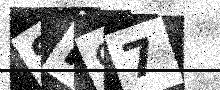
Text: SH97